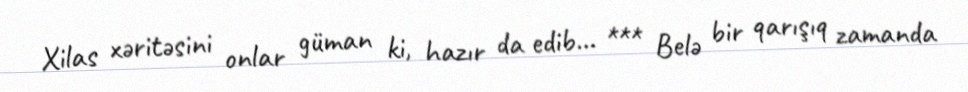
Xilas xəritəsini onlar güman ki, hazır da edib... *** Belə bir qarışıq zamanda